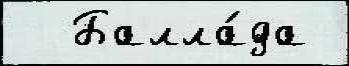
  Балла́да